Vaccination report Assam 1874-1896 - 1874-1896
Year: 1874
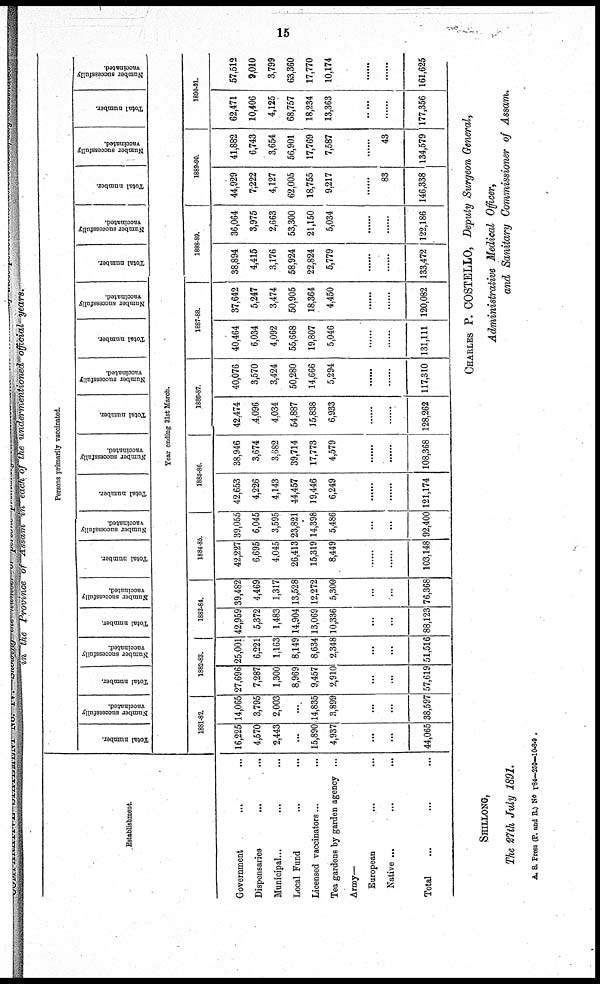
15
in the Province of Assam in each of the undermentioned official years.
Establishment.
Government ... ...
Dispensaries ... ...
Municipal... ... ...
Local Fund ... ...
Licensed vaccinators... ...
Tea gardens by garden agency ...
Army—
European ... ...
Native ... ... ...
Total ... ...
Persons primarily vaccinated.
Total number.
Number successfully
vaccinated.
Total number.
Number successfully
vaccinated.
Total number.
Number successfully
vaccinated.
Total number.
Number successfully
vaccinated.
Total number.
Number successfully
vaccinated.
Total number.
Number successfully
vaccinated.
Total number.
Number successfully
vaccinated.
Total number.
Number successfully
vaccinated.
Total number.
Number successfully
vaccinated.
Total number.
Number successfully
vaccinated.
Year ending 31st March.
1881-82.
16,225
4,570
2,443
...
15,890
4,937
...
...
44,065
14,065
3,795
2,003
...
14,835
3,899
...
...
38,597
1882-88.
27,696
7,287
1,300
8,969
9,457
2,910
...
...
57,619
25,001
6,221
1,163
8,149
8,634
2,348
...
...
51,516
1883-84.
42,959
5,372
1,483
14,904
13,069
10,336
...
...
88,123
39,482
4,469
1,317
13,528
12,272
5,300
...
...
76,368
1884-85.
42,227
6,695
4,045
26,413
15,319
8,449
......
......
103,148
39,055
6,045
3,595
23,821
14,398
5,486
...
...
92,400
1885-86.
42,653
4,226
4,143
44,457
19,446
6,249
......
......
121,174
38,946
3,674
3,682
39,714
17,773
4,579
......
......
108,368
1886-87.
42,474
4,096
4,034
54,887
15,838
6,933
......
......
128,262
40,076
3,570
3,424
50,280
14,666
5,294
......
......
117,310
1887-88.
40,464
6,034
4,092
55,668
19,807
5,046
......
......
131,111
37,642
5,247
3,474
50,905
18,364
4,450
......
......
120,082
1888-89.
38,894
4,415
3,176
58,924
22,824
5,779
......
......
133,472
36,064
3,975
2,663
53,300
21,150
5,034
......
......
122,186
1889-90.
44,929
7,222
4,127
62,005
18,755
9,217
......
83
146,338
41,882
6,743
3,654
56,901
17,769
7,587
......
43
134,579
1890-91.
62,471
10,406
4,125
68,757
18,234
13,363
......
......
177,356
57,512
9,010
3,799
63,360
17,770
10,174
......
......
161,625
CHARLES P. COSTELLO, Deputy Surgeon General,
Administrative Medical Officer,
and Sanitary Commissioner of Assam.
SHILLONG,
The 27th July 1891.
A. S. Press (P. and R.) No 184—250—10-8-9.